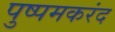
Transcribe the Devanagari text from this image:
पुष्पमकरंद